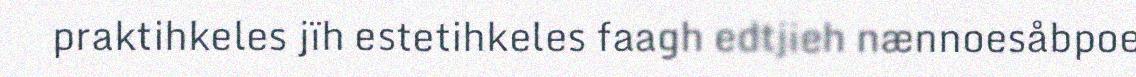
praktihkeles jïh estetihkeles faagh edtjieh nænnoesåbpoe